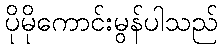
ပိုမိုကောင်းမွန်ပါသည်